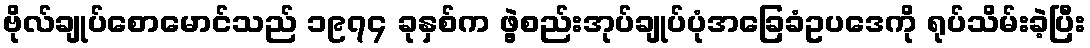
ဗိုလ်ချုပ်စောမောင်သည် ၁၉၇၄ ခုနှစ်က ဖွဲ့စည်းအုပ်ချုပ်ပုံအခြေခံဥပဒေကို ရုပ်သိမ်းခဲ့ပြီး